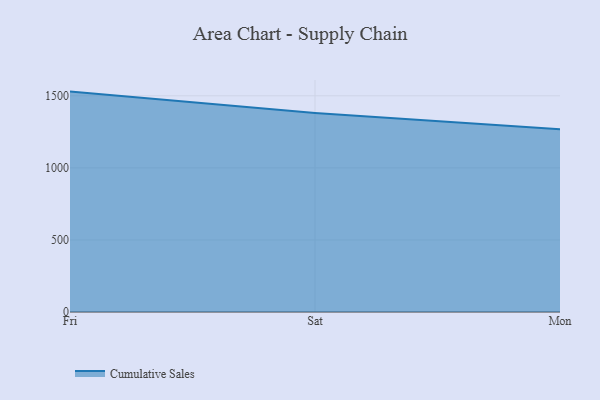
{"axis": {"x": "Day", "y": "Budget (USD K)"}, "legend": ["Cumulative Sales"], "data": [{"x": "Fri", "y": 1529.3, "type": "Cumulative Sales"}, {"x": "Sat", "y": 1380.8, "type": "Cumulative Sales"}, {"x": "Mon", "y": 1267.8, "type": "Cumulative Sales"}]}